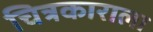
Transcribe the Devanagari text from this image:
चित्रकाराला